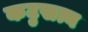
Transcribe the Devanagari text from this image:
कटुसत्य